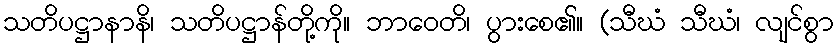
သတိပဋ္ဌာနာနိ၊ သတိပဋ္ဌာန်တို့ကို။ ဘာဝေတိ၊ ပွားစေ၏။ (သီဃံ သီဃံ၊ လျင်စွာ